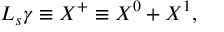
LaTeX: \ensuremath { L _ { s } } \gamma \equiv \ensuremath { X ^ { + } } \equiv X ^ { 0 } + X ^ { 1 } , \qquad